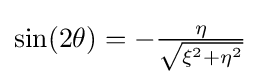
{\textstyle {\text{sin}}(2\theta )=-{\frac {\eta }{\sqrt {\xi ^{2}+\eta ^{2}}}}}